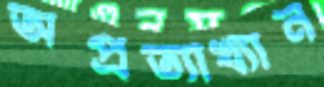
অপ্রত্যাখ্যান